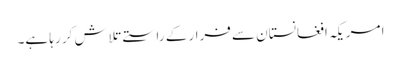
ا مریکہ افغانستان سے فرار کے راستے تلاش کر رہا ہے۔